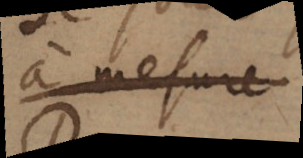
à mesure